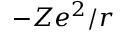
- Z e ^ { 2 } / r